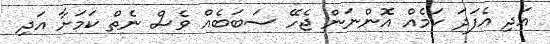
އަދި އެފަދަ ކަމެއް އޮންނަން ޖެހޭ ސަބަބެއް ވެސް ނެތް ކަމަށާ އަދި